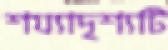
শয্যাদৃশ্যটি